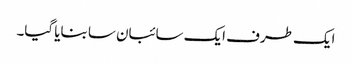
ایک طرف ایک سائبان سا بنایا گیا۔